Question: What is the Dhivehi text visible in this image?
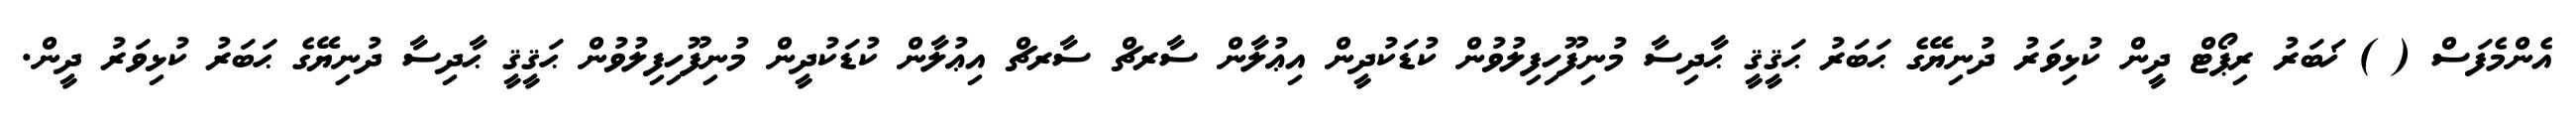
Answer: އެންމެފަސް ( ) ޚަބަރު ރިޕޯޓް ދީން ކުޅިވަރު ދުނިޔޭގެ ޙަބަރު ޙަޤީޤީ ޙާދިސާ މުނިފޫހިފިލުވުން ކުޑަކުދީން އިޢުލާން ސާރޗް ސާރޗް އިޢުލާން ކުޑަކުދީން މުނިފޫހިފިލުވުން ޙަޤީޤީ ޙާދިސާ ދުނިޔޭގެ ޙަބަރު ކުޅިވަރު ދީން.